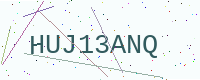
Text: HUJ13ANQ